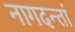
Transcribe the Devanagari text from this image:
नागदन्तां